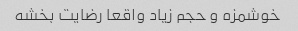
خوشمزه و حجم زیاد واقعا رضایت بخشه